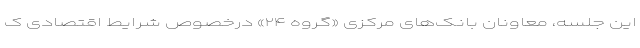
این جلسه، معاونان بانک‌های مرکزی «گروه ۲۴» درخصوص شرایط اقتصادی ک